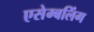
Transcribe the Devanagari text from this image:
एसेम्बलिंग